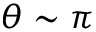
\theta \sim \pi